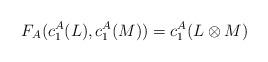
LaTeX: \begin{align*}F_A(c^A_1(L), c^A_1(M))=c^A_1(L\otimes M)\end{align*}